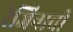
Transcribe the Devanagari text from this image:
रेजिनाची